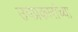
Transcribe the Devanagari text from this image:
उपप्रकारांच्या